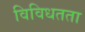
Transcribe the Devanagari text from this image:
विविधतता